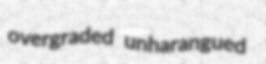
overgraded unharangued